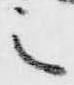
之